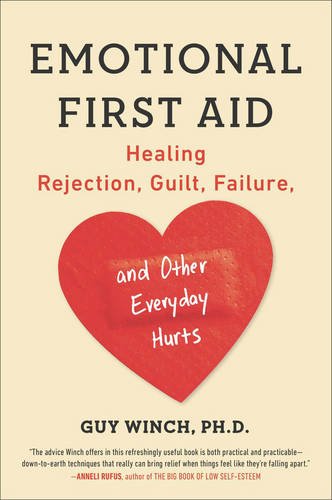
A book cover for Emotional First Aid: Healing Rejection, Guilt, Failure, and Other Everyday Hurts; Guy Winch Ph.D.; Self-Help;